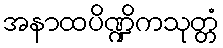
အနာထပိဏ္ဍိကသုတ္တံ